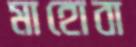
মাহোবা